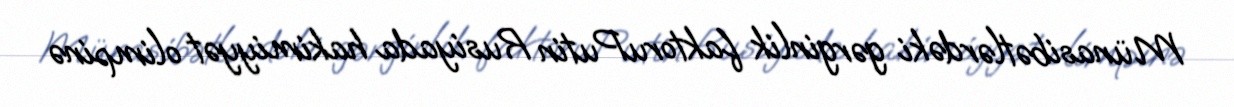
Münasibətlərdəki gərginlik faktoruPutin Rusiyada hakimiyyət olimpinə